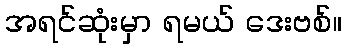
အရင်ဆုံးမှာ ရမယ် ဒေးဗစ်။